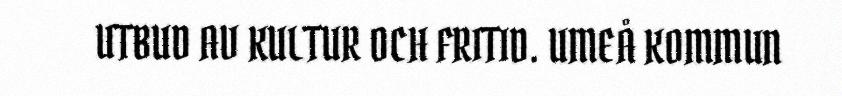
UTBUD AV KULTUR OCH FRITID. UMEÅ KOMMUN